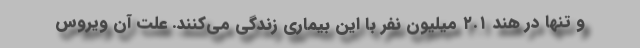
و تنها در هند ۲.۱ میلیون نفر با این بیماری زندگی می‌کنند. علت آن ویروس